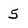
Character: 5